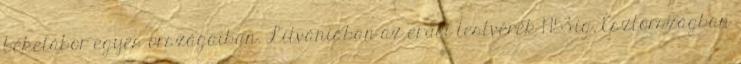
béketábor egyes országaiban. Litvániában az erdei testvérek 1953-ig, Észtországban